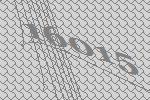
16015